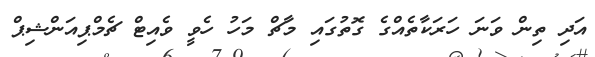
އަދި ތިން ވަނަ ހަރަކާތެއްގެ ގޮތުގައި މާޗް މަހު ހެވީ ވެއިޓް ޗެމްޕިއަންޝިޕް